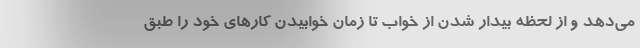
می‌دهد و از لحظه بیدار شدن از خواب تا زمان خوابیدن کارهای خود را طبق